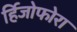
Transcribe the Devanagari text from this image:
र्हिजोफोरा